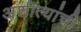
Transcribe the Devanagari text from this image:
अशीत्यांची